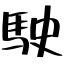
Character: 駛